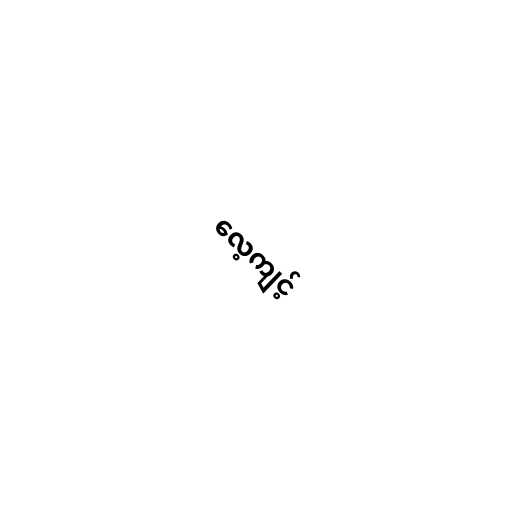
လေ့ကျင့်